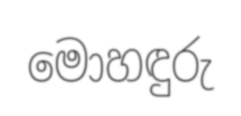
මොහඳුරු